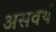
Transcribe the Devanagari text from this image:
असवर्थ